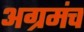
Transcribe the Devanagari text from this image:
अग्रमंच